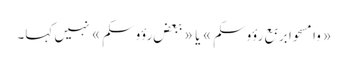
«وامسحوا بربع رؤوسکم» یا «ببعض رؤوسکم» نہیں کہا۔